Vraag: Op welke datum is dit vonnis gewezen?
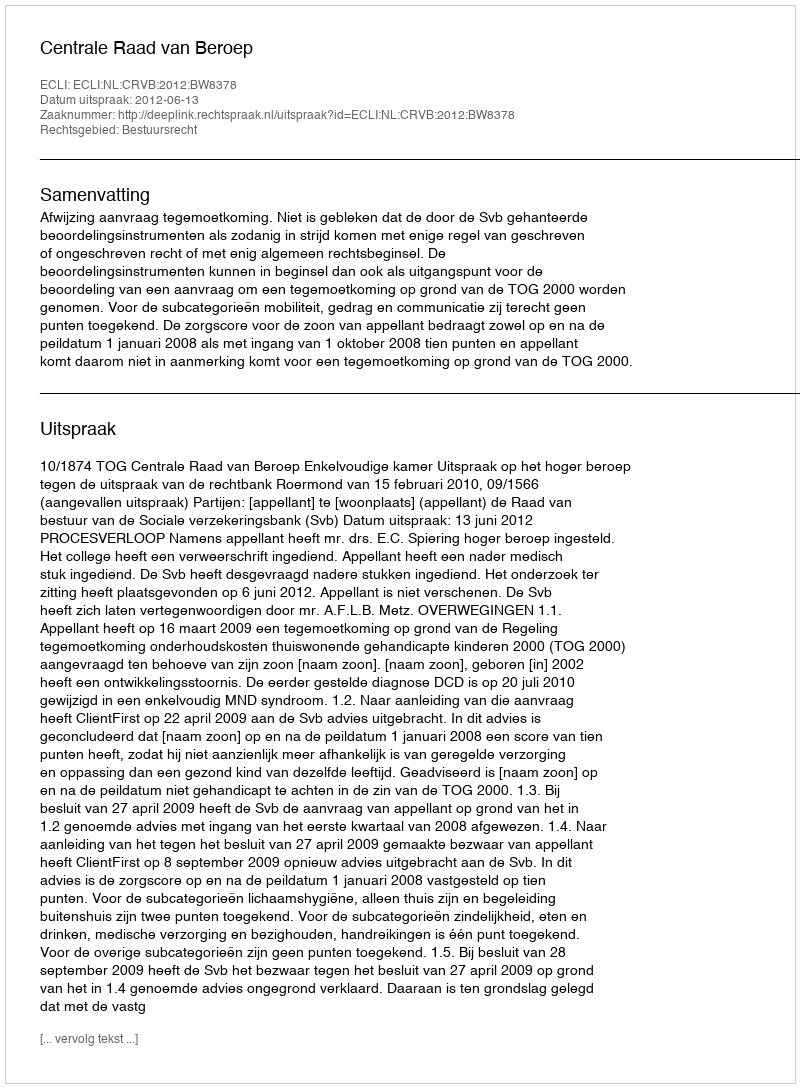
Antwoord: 2012-06-13